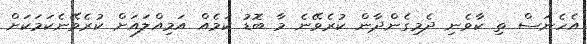
އެހެނަސް ތި ކާވެނި ދެމިގެންދާން ކުރެވޭނެ މާ ބޮޑު ކަމެއް އަމިއްލައަށް ކުރެވޭނެކަމަކަށް